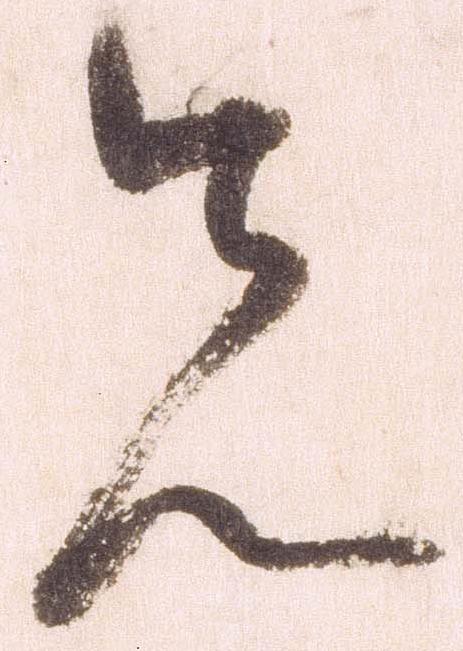
先